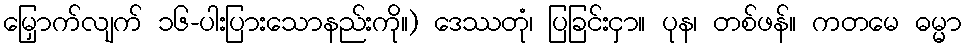
မြှောက်လျက် ၁၆-ပါးပြားသောနည်းကို။) ဒေဿတုံ၊ ပြခြင်းငှာ။ ပုန၊ တစ်ဖန်။ ကတမေ ဓမ္မာ